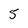
Character: 5